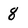
Character: 8